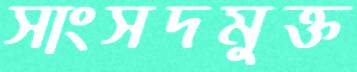
সাংসদমুক্ত